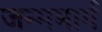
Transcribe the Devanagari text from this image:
जन्ममार्ग